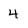
Character: 4